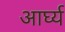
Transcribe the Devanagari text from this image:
आर्घ्य